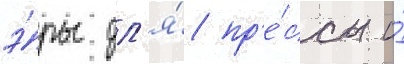
э́ры дл'я́ пр'е́ссы и́